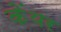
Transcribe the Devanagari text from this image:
केंयर